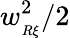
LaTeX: w_{_{R\xi}}^{2}/2